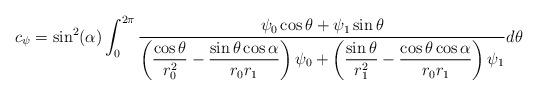
LaTeX: \begin{align*}c_{\psi} = \sin^2(\alpha) \int_0^{2\pi}\frac{\psi_0 \cos \theta + \psi_1 \sin \theta}{\left( \dfrac{\cos \theta}{r_0^2} - \dfrac{\sin \theta \cos \alpha}{r_0r_1}\right) \psi_0 +\left(\dfrac{\sin \theta}{r^2_1} - \dfrac{ \cos \theta \cos \alpha}{r_0r_1}\right) \psi_1}d\theta\end{align*}